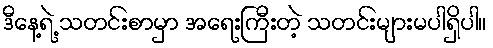
ဒီနေ့ရဲ့ သတင်းစာမှာ အရေးကြီးတဲ့ သတင်းများမပါရှိပါ။